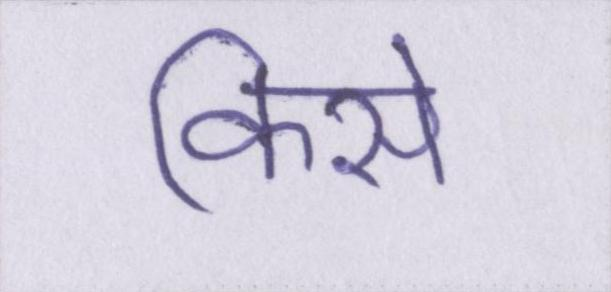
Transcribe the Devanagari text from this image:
किसे